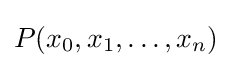
P(x_{0},x_{1},\ldots ,x_{n})